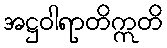
အဋ္ဌဝါရာတိဣတိ